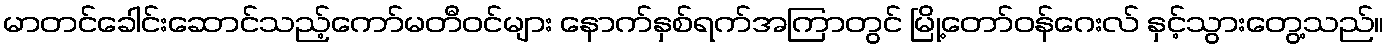
မာတင်ခေါင်းဆောင်သည့်ကော်မတီဝင်များ နောက်နှစ်ရက်အကြာတွင် မြို့တော်ဝန်ဂေးလ် နှင့်သွားတွေ့သည်။